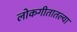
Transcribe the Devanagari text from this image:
लोकगीतातल्या